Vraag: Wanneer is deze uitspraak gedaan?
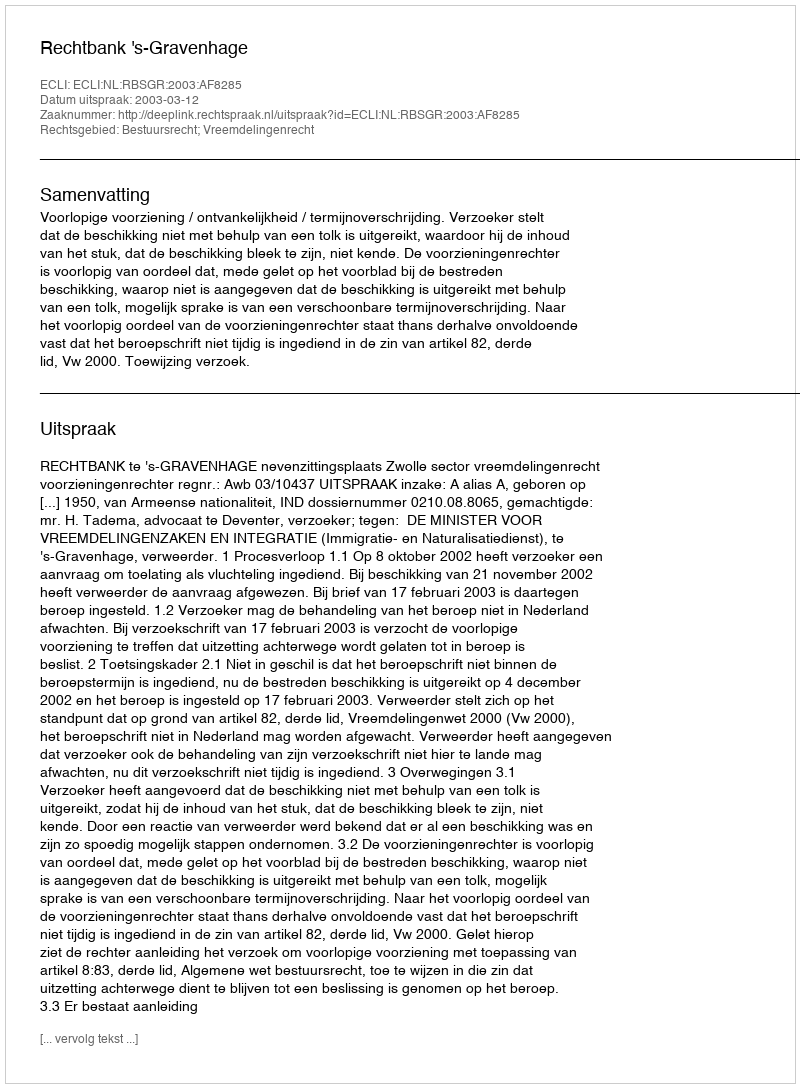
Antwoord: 2003-03-12